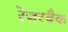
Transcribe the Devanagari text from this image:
रेज़रबैक